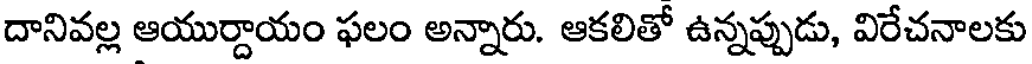
దానివల్ల ఆయుర్దాయం ఫలం అన్నారు. ఆకలితో ఉన్నప్పుడు, విరేచనాలకు